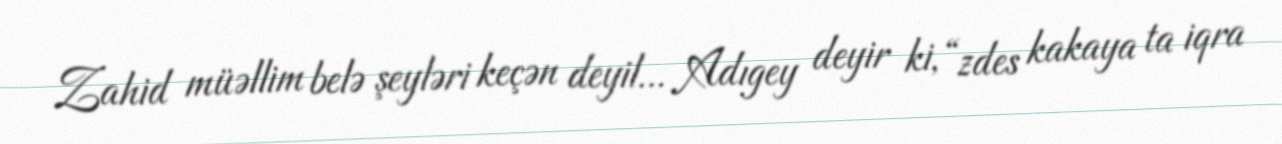
Zahid müəllim belə şeyləri keçən deyil... Adıgey deyir ki, “zdes kakaya ta iqra